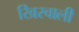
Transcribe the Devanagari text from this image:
खिरवाली